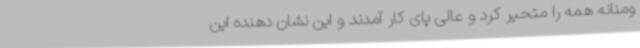
ومنانه همه را متحیر کرد و عالی پای کار آمدند و این نشان دهنده این